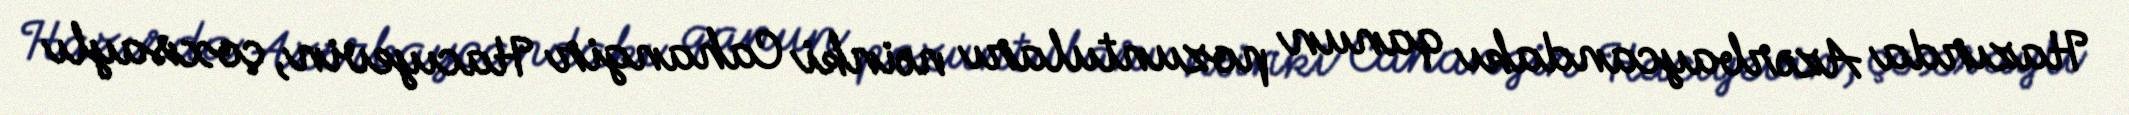
Hazırda Azərbaycandakı qanun pozuntuları nəinki Cahangir Hacıyevin, çoxsaylı